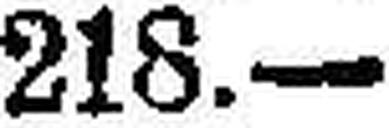
218.—